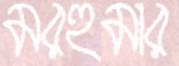
মরহুমার